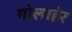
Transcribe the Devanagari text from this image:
गोलाहेर